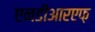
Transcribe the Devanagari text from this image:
एनडीआरएफ़